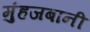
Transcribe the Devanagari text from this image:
मुंहजबानी